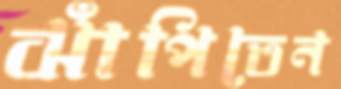
ঝাঁপিতেন